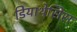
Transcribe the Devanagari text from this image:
डियाथेसिस